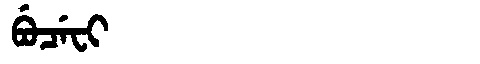
Manchu: ᠪᡠᠴᡝᠸᡳ
Romanization: BUCEFI